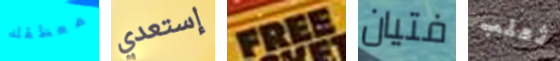
معطفك إستعدي FREE فتيان ثعلب